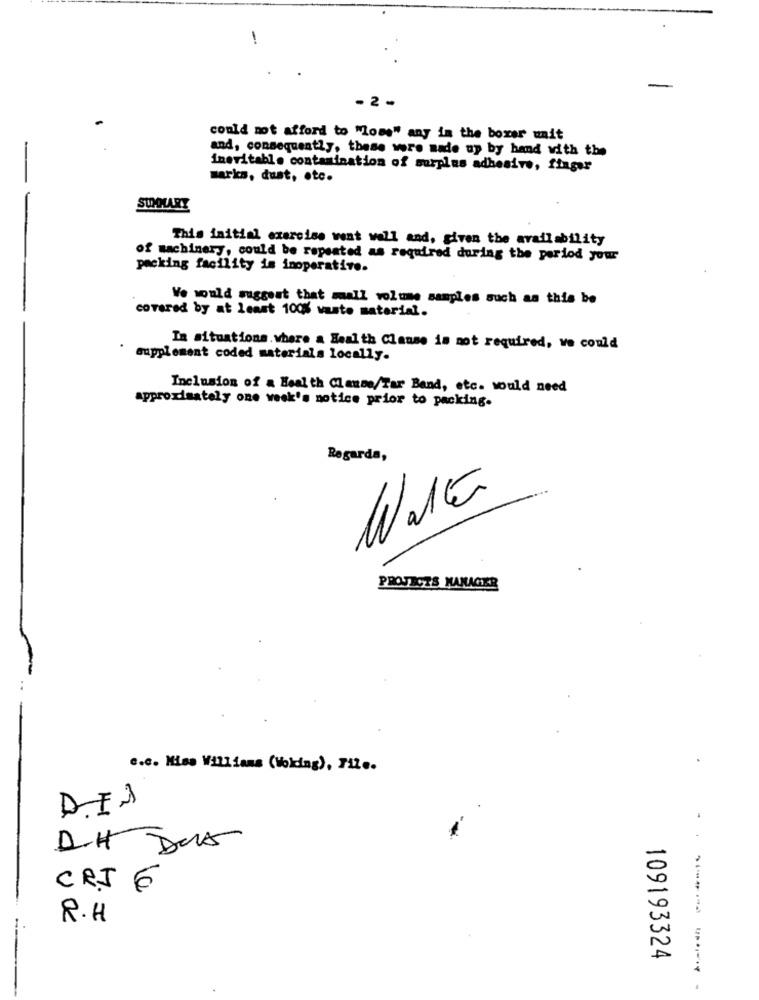
-
-2 -
could not afford to "lose" any in the boxer unit
and, consequently, these were made up by hand with the
inevitable contamination of surplus adhesive, finger
marks, dust, etc.
SUMMARY
This initial exercise went well and, given the availability
of machinery, could be repeated as required during the period your
packing facility is inoperative.
Vo would suggest that maall volume samples such as this be
covered by at least 100% waste material.
In situations. where a Health Clause is not required, ve could
supplement coded materials locally.
Inclusion of a Health Clause/Tar Band, etc. would need
approximately one week's notice prior to packing.
Regarda,
n
PROJECTS MANAGER
c.c. Miss Williams (Holding), File.
D.H DUA
10
CRJ 6
R.H
109193324
--- ----